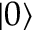
\vert { 0 } \rangle